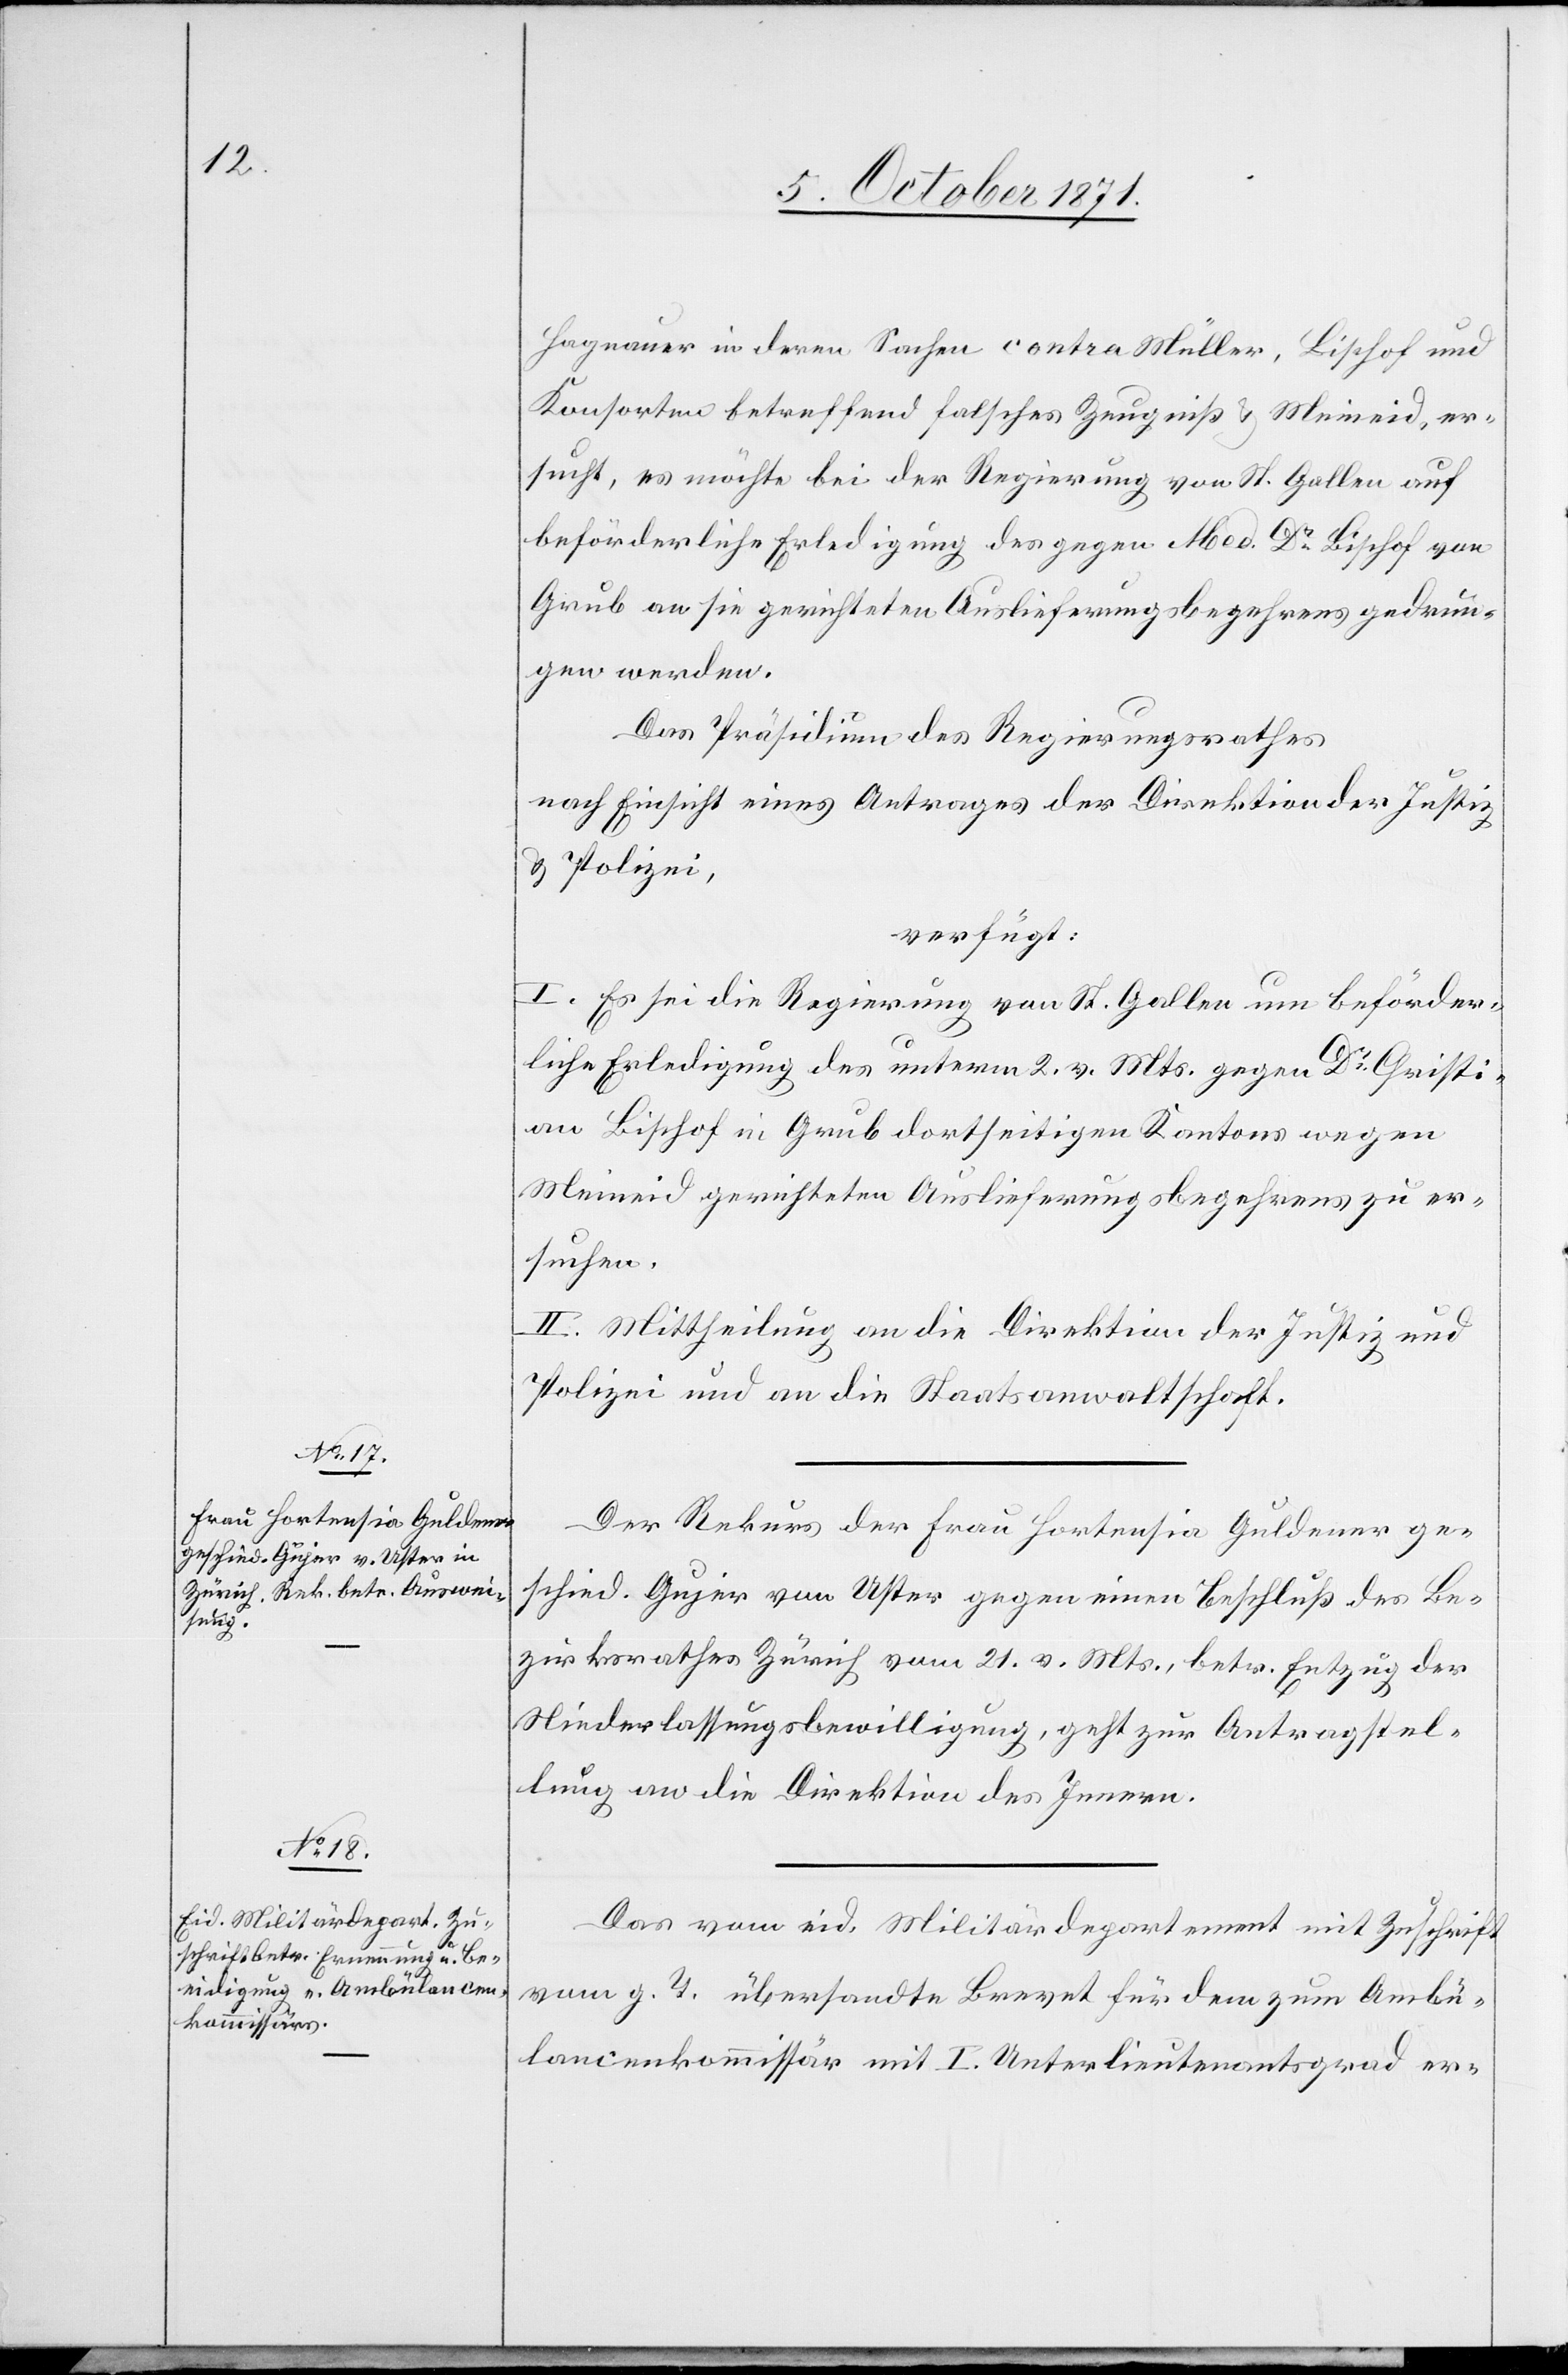
5. October 1871.]
Hagnauer in deren Sache contra Müller, Bischof und
Konsorten betreffend falsches Zeugniß & Meineid, er¬
sucht, es möchte bei der Regierung von St. Gallen auf
beförderliche Erledigung des gegen Med. Dr Bischof von
Grub an sie gerichteten Auslieferungsbegehrens gedrun¬
gen werden.
Das Präsidium des Regierungsrathes
nach Einsicht eines Antrages der Direktion der Justiz
& Polizei
verfügt:
I. Es sei die Regierung von St. Gallen um beförder¬
liche Erledigung des unterm 2. v. Mts. gegen Dr Christi¬
an Bischof in Grub dortseitigen Kantons wegen
Meineid gerichteten Auslieferungsbegehrens zu er¬
suchen.
II. Mittheilung an die Direktion der Justiz und
Polizei und an die Staatsanwaltschaft.
Der Rekurs der Frau Hortensia Guldener ge¬
schied. Gujer von Uster gegen einen Beschluß des Be¬
zirksrathes Zürich vom 21. v. Mts., betr. Entzug der
Niederlassungsbewilligung, geht zur Antragstel¬
lung an die Direktion des Innern.
Das vom eid. Militärdepartement mit Zuschrift
vom g. T. übersandte Brevet für dem [sic!] zum Ambu¬
lancenkommissär mit I. Unterlieutenantsgrad er-